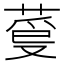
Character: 𦳡